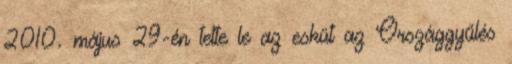
2010. május 29-én tette le az esküt az Országgyűlés